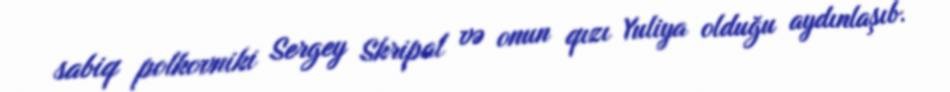
sabiq polkovniki Sergey Skripal və onun qızı Yuliya olduğu aydınlaşıb.